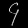
Digit: ၄